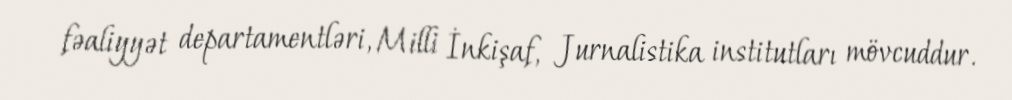
fəaliyyət departamentləri, Milli İnkişaf, Jurnalistika institutları mövcuddur.